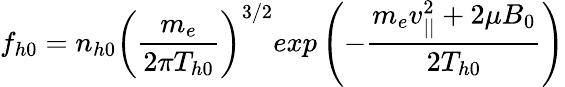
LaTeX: f_{h0}=n_{h0}\left(\frac{m_{e}}{2\pi T_{h0}}\right)^{3/2}exp\left(-\frac{m_{e}v_{||}^{2}+2\mu B_{0}}{2T_{h0}}\right)